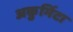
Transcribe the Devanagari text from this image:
अकुमिंटा